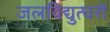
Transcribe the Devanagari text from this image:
जलविद्युत्घरों